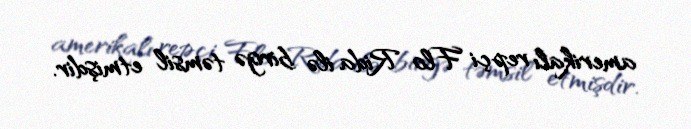
amerikalı repçi Flo Rida ilə birgə təmsil etmişdir.